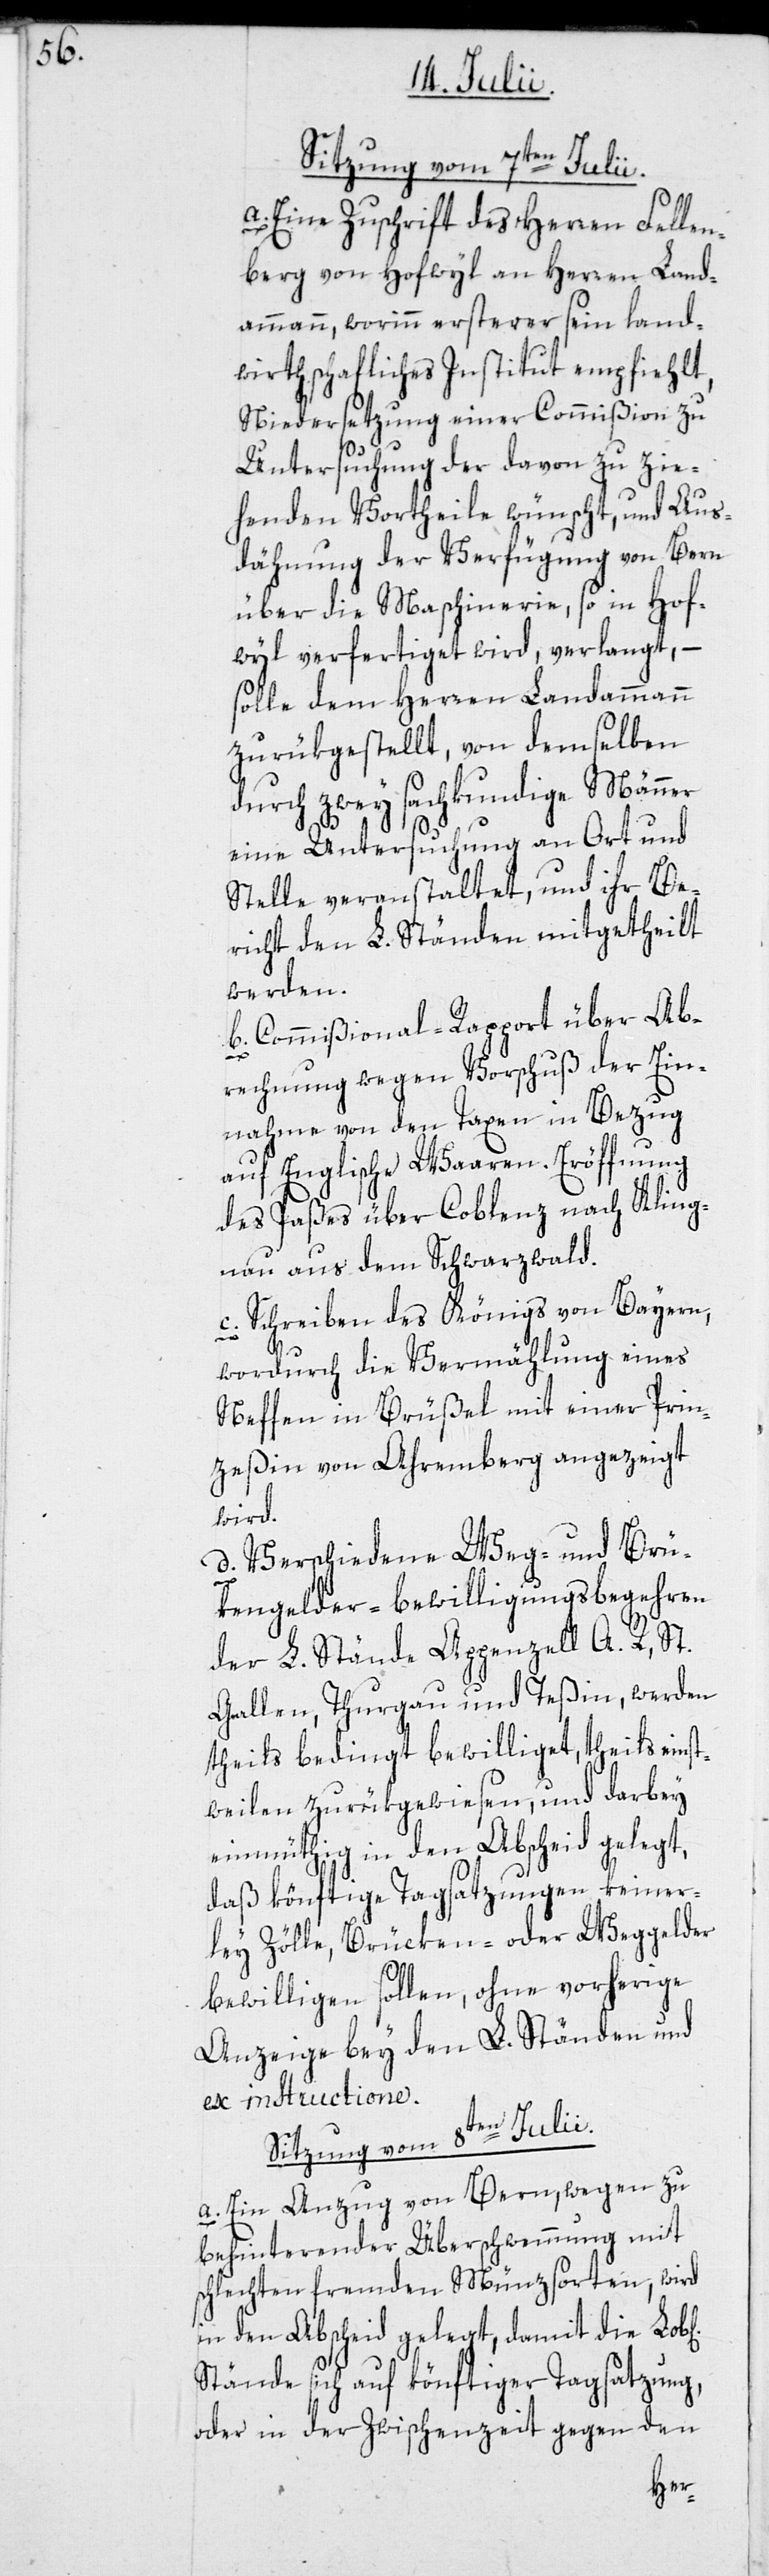
Sitzung vom 7ten Julii.
a. Eine Zuschrift des Herren Fellen¬
berg von Hofwyl an Herren Land¬
ammann, worinn ersterer sein land¬
wirthschaftliches Institut empfiehlt,
Niedersetzung einer Commißion zu
Untersuchung der davon zu zie¬
henden Vortheile wünscht, und Aus¬
dähnung der Verfügung von Bern
über die Maschinerie, so in Hof¬
wyl verfertiget wird, verlangt, –
solle dem Herren Landammann
zurükgestellt, von demselben
durch zwey sachkundige Männer
eine Untersuchung an Ort und
Stelle veranstaltet, und ihr Be¬
richt den L. Ständen mitgetheilt
werden.
b. Commißional-Rapport über Ab¬
ichen]
rechnung wegen Vorschuß der Ein¬
nahme von den Taxen in Bezug
auf Englische Waaren. Eröffnung
des Paßes über Coblenz nach Kling¬
nau aus dem Schwarzwald.
c. Schreiben des Königs von Bayern,
wordurch die Vermählung eines
Neffen in Brüßel mit einer Prin¬
zeßin von Ahremberg angezeigt
wird.
d. Verschiedene Weg- und Brü¬
kengelder-bewilligungsbegehren
der L. Stände Appenzell A. R., St.
Gallen, Thurgau und Teßin, werden
theils bedingt bewilliget, theils eins¬
tweilen zurükgewiesen, und darbey
einmüthig in den Abscheid gelegt,
daß könftige Tagsatzungen keiner¬
ley Zölle, Brücken- oder Weggelder
bewilligen sollen, ohne vorherige
Anzeige bey den L. Ständen und
ex instructione.
Sitzung vom 8ten Julii.
a. Ein Anzug von Bern, wegen zu
behinterender Überschwemmung mit
schlechten fremden Münzsorten, wird
in den Abscheid gelegt, damit die Lob[l¬
Stände sich auf könftiger Tagsatzung,
oder in der Zwischenzeit gegen den